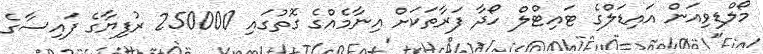
މޯލްޑިވިއަން އައިޑަލްގެ ޓައިޓްލް ހޯދާ ފަރާތަކަށް އިނާމެއްގެ ގޮތުގައި 250000 ރުފިޔާގެ ފައިސާގެ